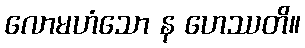
လောမဟံသော န ဟေဿတိ။